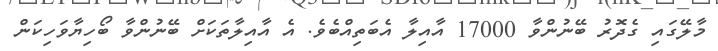
މާލޭގައި ގެދޮރު ބޭނުންވާ 17000 އާއިލާ އެބަތިއްބެވެ. އެ އާއިލާތަކަށް ބޭނުންވާ ބޯހިޔާވަހިކަން